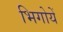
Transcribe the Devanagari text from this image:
भिगोयें